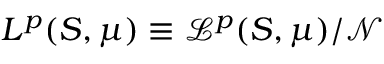
L ^ { p } ( S , \mu ) \equiv { \mathcal { L } } ^ { p } ( S , \mu ) / { \mathcal { N } }